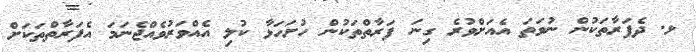
ޅ. ދެފަރާތަކުން ނުވަތަ އެއަށްވުރެ ގިނަ ފަރާތްތަކުން ހުށަހަޅާ ކުލި އެއްވަރުވެއްޖެނަމަ އެފަރާތްތަކަށް